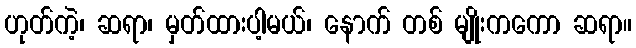
ဟုတ်ကဲ့၊ ဆရာ၊ မှတ်ထားပါ့မယ်၊ နောက် တစ် မျိုးကကော ဆရာ။